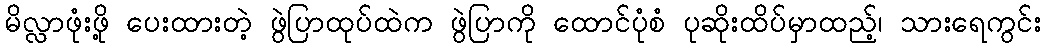
မိလ္လာဖုံးဖို့ ပေးထားတဲ့ ဖွဲပြာထုပ်ထဲက ဖွဲပြာကို ထောင်ပုံစံ ပုဆိုးထိပ်မှာထည့်၊ သားရေကွင်း